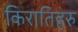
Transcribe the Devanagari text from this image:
किरातिहरु